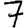
Digit: 7